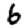
Digit: 6